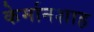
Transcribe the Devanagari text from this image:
केर्मानशाह